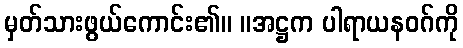
မှတ်သားဖွယ်ကောင်း၏။ ။အဋ္ဌက ပါရာယနဝဂ်ကို